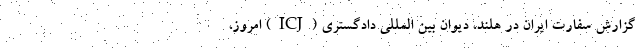
گزارش سفارت ایران در هلند، دیوان بین المللی دادگستری (ICJ) امروز،